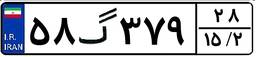
۴۹گ۱۱۴۴۶